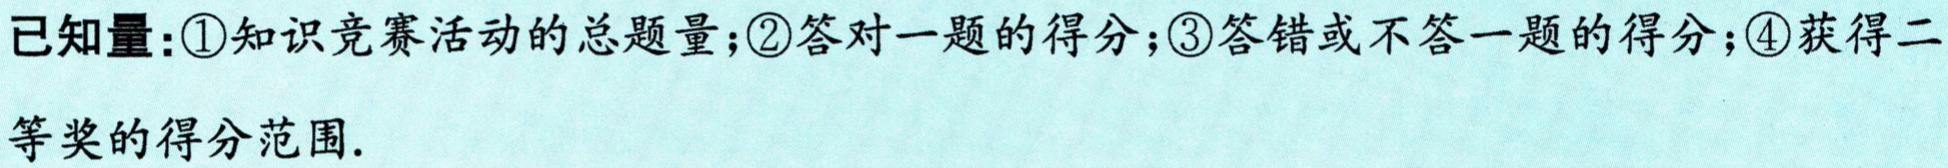
已知量：\textcircled{1}知识竞赛活动的总题量；\textcircled{2}答对一题的得分；\textcircled{3}答错或不答一题的得分；\textcircled{4}获得二等奖的得分范围.